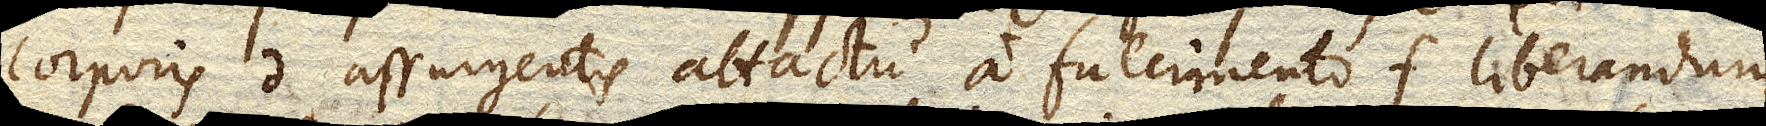
corporis d. assurgentis attactu a fulcimento f. liberandum